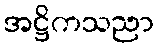
အဋ္ဌိကသညာ